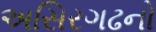
અસિરગઢનો